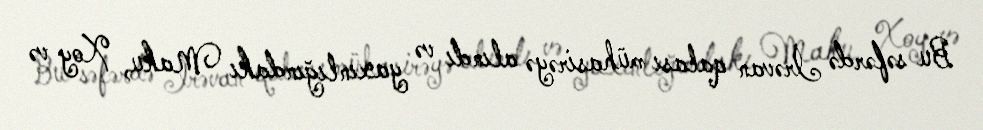
Bu səfərdə İrəvan qalası mühasirəyə alındı və yaxınlığındakı Maku, Xoy və